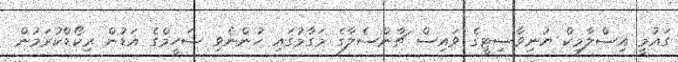
ގައުމީ އިސްލާމިކް ޔުނިވާސިޓީގެ ވައިސް ޗާންސެލާގެ މަގާމުގައި ހުންނެވި ޝަހީމްގެ އަޑުން ރިކޯޑްކުރަމުން